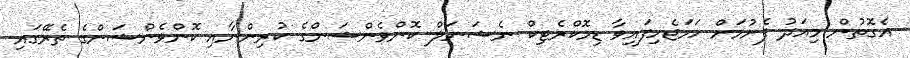
އެގޮތުން މިއަދު ފެށުމަށް ހަމަޖެހިފައިވާ ޑިމޮކްރެޓިކް ނެޝަނަލް ކޮންވެންޝަންގެ ކުރިންނާއި ކޮންވެންޝަންގެ ތެރޭގައި